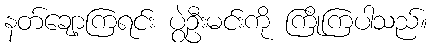
နတ်ချော့ကြရင်း ပွဲဦးမင်းကို ကြိုကြပါသည်။